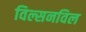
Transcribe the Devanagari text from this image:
विल्सनविल